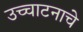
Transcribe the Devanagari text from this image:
उच्चाटनाचे